Scottish Leaving Certificate Examination, 1952
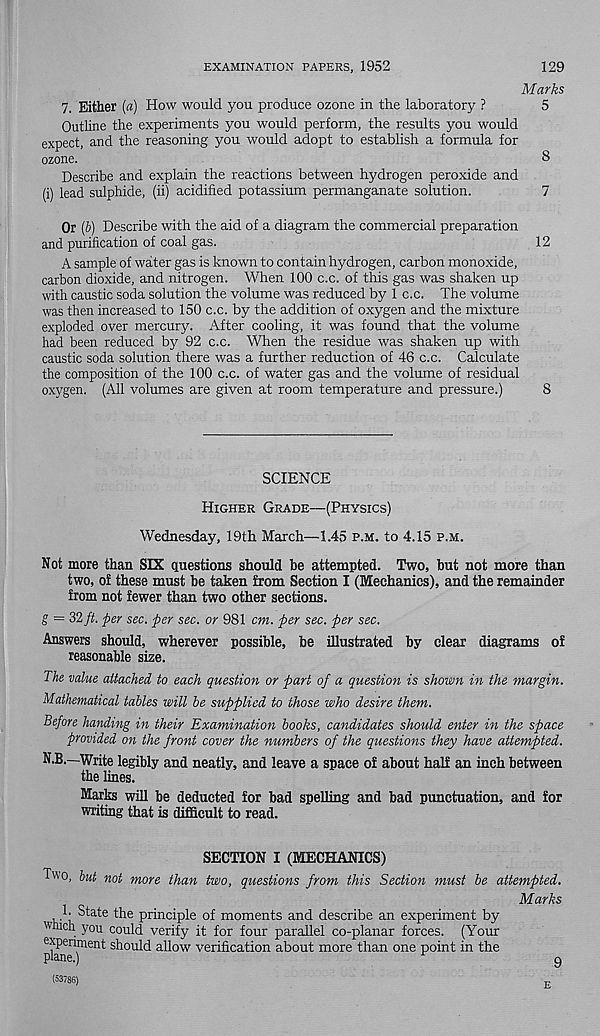
EXAMINATION PAPERS, 1952
129
Marks
7. Either (a) How would you produce ozone in the laboratory ?
5
Outline the experiments you would perform, the results you would
expect, and the reasoning you would adopt to establish a formula for
ozone.
8
Describe and explain the reactions between hydrogen peroxide and
(i) lead sulphide, (ii) acidified potassium permanganate solution.
7
Or (b) Describe with the aid of a diagram the commercial preparation
and purification of coal gas.
12
A sample of waiter gas is known to contain hydrogen, carbon monoxide,
carbon dioxide, and nitrogen. When 100 c.c. of this gas was shaken up
with caustic soda solution the volume was reduced by 1 c.c. The volume
was then increased to 150 c.c. by the addition of oxygen and the mixture
exploded over mercury. After cooling, it was found that the volume
had been reduced by 92 c.c. When the residue was shaken up with
caustic soda solution there was a further reduction of 46 c.c. Calculate
the composition of the 100 c.c. of water gas and the volume of residual
oxygen. (All volumes are given at room temperature and pressure.)
8
SCIENCE
Higher Grade—(Physics)
Wednesday, 19th March—1.45 p.m. to 4.15 p.m.
Not more than SIX questions should be attempted. Two, but not more than
two, of these must be taken from Section I (Mechanics), and the remainder
from not fewer than two other sections.
g = 32 ft. per sec. per sec. or 981 cm. per sec. per sec.
Answers should, wherever possible, be illustrated by clear diagrams of
reasonable size.
The value attached to each question or part of a question is shown in the margin.
Mathematical tables will be supplied to those who desire them.
Before handing in their Examination books, candidates should enter in the space
provided on the front cover the numbers of the questions they have attempted.
N.B.—Write legibly and neatly, and leave a space of about half an inch between
the lines.
Marks will be deducted for bad spelling and bad punctuation, and for
writing that is difficult to read.
SECTION I (MECHANICS)
Two, but not more than two, questions from this Section must be attempted.
Marks
h State the principle of moments and describe an experiment by
which you could verify it for four parallel co-planar forces. (Your
experiment should allow verification about more than one point in the
plane.)
r
9
(53786)
tj